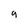
Character: g